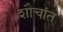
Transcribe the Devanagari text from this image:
शौचांत